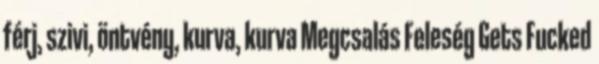
férj, szivi, öntvény, kurva, kurva Megcsalás Feleség Gets Fucked